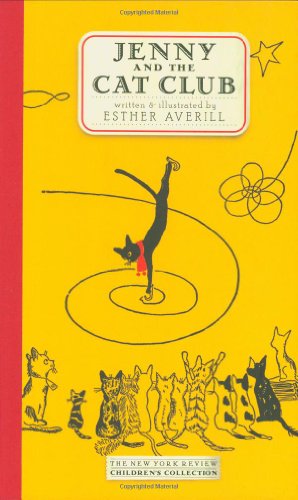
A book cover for Jenny and the Cat Club: A Collection of Favorite Stories about Jenny Linsky (New York Review Children's Collection); Esther Averill; Children's Books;